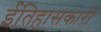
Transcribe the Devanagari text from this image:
ईतिहासकारों